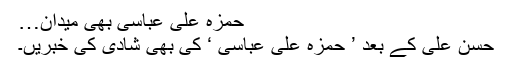
حمزہ علی عباسی بھی میدان…
حسن علی کے بعد ’ حمزہ علی عباسی ‘ کی بھی شادی کی خبریں۔